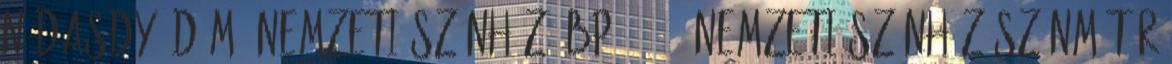
Nádasdy Ádám; Nemzeti Színház, Bp., 2008 Nemzeti Színház színműtár